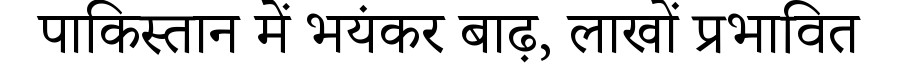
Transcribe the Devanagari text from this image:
पाकिस्तान में भयंकर बाढ़, लाखों प्रभावित